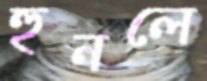
হুনলে